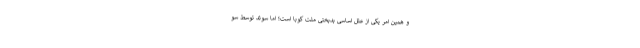
و همین امر یکی از علل اساسی بدبختی ملت کوبا است؛ اما سوئد توسط سو